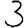
Digit: 3